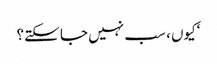
‘کیوں ، سب نہیں جا سکتے؟